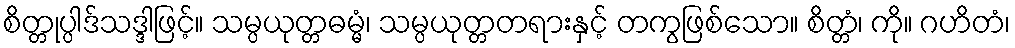
စိတ္တုပ္ပါဒ်သဒ္ဒါဖြင့်။ သမ္ပယုတ္တဓမ္မံ၊ သမ္ပယုတ္တတရားနှင့် တကွဖြစ်သော။ စိတ္တံ၊ ကို။ ဂဟိတံ၊